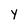
Character: y